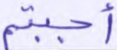
أجبتم